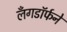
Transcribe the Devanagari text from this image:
लँगडॉर्फने